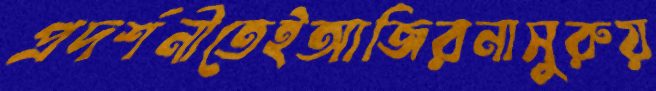
প্রদর্শনীতেইআজিরনাসুরুয়